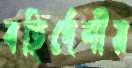
বহির্দেশীয়